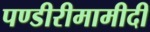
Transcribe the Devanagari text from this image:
पण्डीरीमामीदी